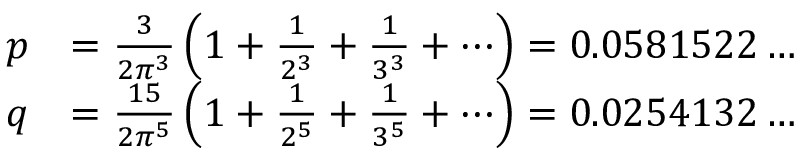
{ \begin{array} { r l } { p } & { = { \frac { 3 } { 2 \pi ^ { 3 } } } \left( 1 + { \frac { 1 } { 2 ^ { 3 } } } + { \frac { 1 } { 3 ^ { 3 } } } + \cdots \right) = 0 . 0 5 8 1 5 2 2 \ldots } \\ { q } & { = { \frac { 1 5 } { 2 \pi ^ { 5 } } } \left( 1 + { \frac { 1 } { 2 ^ { 5 } } } + { \frac { 1 } { 3 ^ { 5 } } } + \cdots \right) = 0 . 0 2 5 4 1 3 2 \ldots } \end{array} }